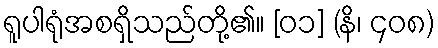
ရူပါရုံအစရှိသည်တို့၏။ [၀၁] (နိ၊ ၄၀၈)